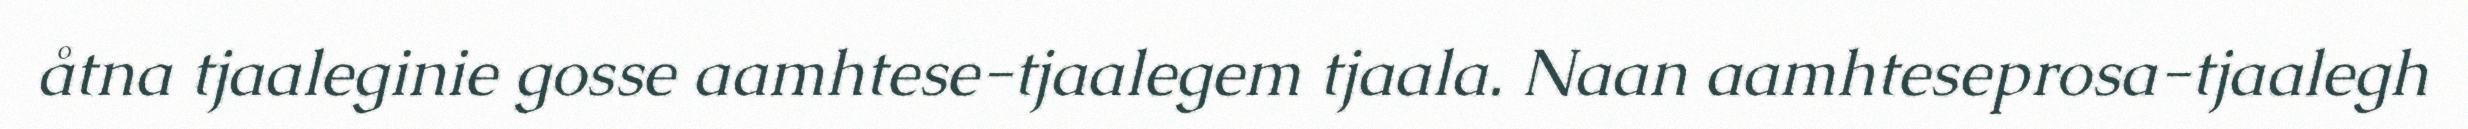
åtna tjaaleginie gosse aamhtese-tjaalegem tjaala. Naan aamhteseprosa-tjaalegh